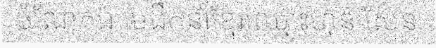
ចំណែកឯ មេដឹកនាំខ្មែរឈ្មោះហ៊ុន សែន